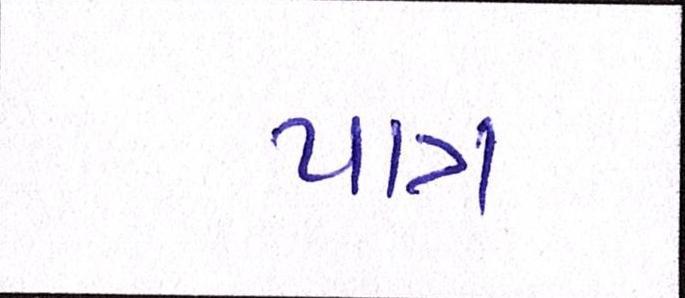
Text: પાત્ર